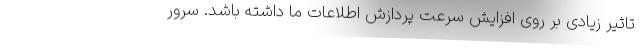
تاثیر زیادی بر روی افزایش سرعت پردازش اطلاعات ما داشته باشد. سرور